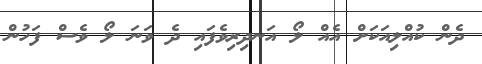
ދެން ކުއްލިއަކަށް އެއް ލޯ އަނދިރިވެފައި ދެ ވަނަ ލޯ ވެސް ފަހުން